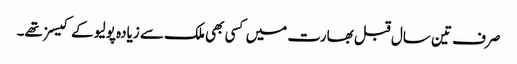
صرف تین سال قبل بھارت میں کسی بھی ملک سے زیادہ پولیو کے کیسز تھے۔